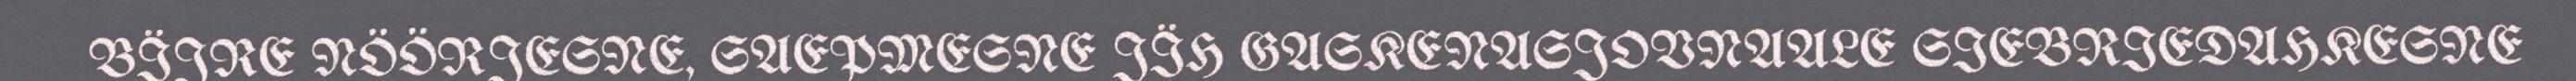
BÏJRE NÖÖRJESNE, SAEPMESNE JÏH GASKENASJOVNAALE SIEBRIEDAHKESNE